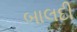
બાલદી